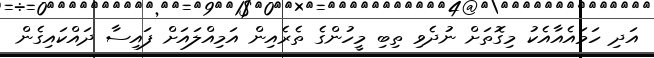
އަދި ހަމައެއާއެކު މިގޮތަށް ނުދެވި ތިބި މީހުންގެ ތެރެއިން އަމިއްލައަށް ފައިސާ ދައްކައިގެން